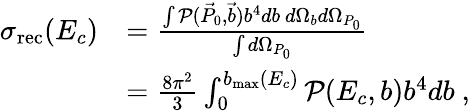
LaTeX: \begin{array}{rl}{\sigma_{\mathrm{rec}}(E_{c})}&{=\frac{\int\mathcal{P}(\vec{P}_{0},\vec{b})b^{4}db~d\Omega_{b}d\Omega_{P_{0}}}{\int d\Omega_{P_{0}}}}\\ &{=\frac{8\pi^{2}}{3}\int_{0}^{b_{\mathrm{max}}(E_{c})}\mathcal{P}(E_{c},b)b^{4}db~,}\end{array}